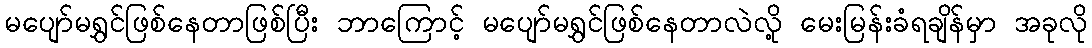
မပျော်မရွှင်ဖြစ်နေတာဖြစ်ပြီး ဘာကြောင့် မပျော်မရွှင်ဖြစ်နေတာလဲလို့ မေးမြန်းခံရချိန်မှာ အခုလို